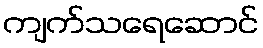
ကျက်သရေဆောင်